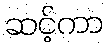
ဆင့်ကာ